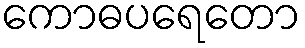
ကောဓပရေတော